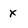
Character: x